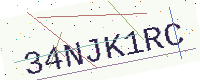
Text: 34NJK1RC